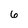
Character: 6